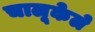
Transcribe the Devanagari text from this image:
चालूकेले